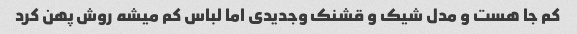
کم جا هست و مدل شیک و قشنک وجدیدی اما لباس کم میشه روش پهن کرد